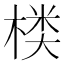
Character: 𰘂